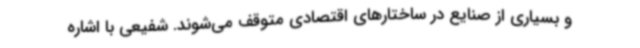
و بسیاری از صنایع در ساختارهای اقتصادی متوقف می‌شوند. شفیعی با اشاره